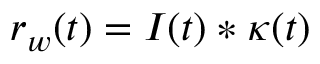
r _ { w } ( t ) = I ( t ) * \kappa ( t )